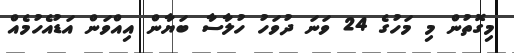
މިގޮތުން މި މަހުގެ 24 ވަނަ ދުވަހު ހުލާސާ ބަޔާން އިއްވަން އަޑުއެހުމެއް